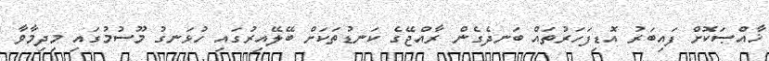
ޚާއްޞަކޮށް ފައިބަރު އޮޑިފަހަރުތައް ބަނދެގެން ރާއްޖޭގެ ކަނޑުތަކަށް ބޭލޭއިރުގައި ހުޅަނގު މޫސުމުގައި މިދިމާވާ